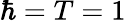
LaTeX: \hbar=T=1